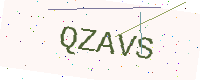
Text: QZAVS